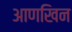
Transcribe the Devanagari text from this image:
आणखिन